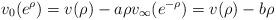
LaTeX: \begin{align*}v_0(e^\rho) = v(\rho) - a \rho v_\infty(e^{-\rho}) = v(\rho) - b \rho\end{align*}